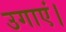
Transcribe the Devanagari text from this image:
उगाएं।